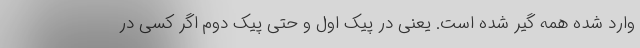
وارد شده همه گیر شده است. یعنی در پیک اول و حتی پیک دوم اگر کسی در